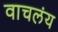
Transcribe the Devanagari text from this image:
वाचलंय